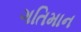
ગતિમાન